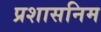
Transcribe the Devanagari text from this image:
प्रशासनिम